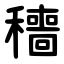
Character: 穯